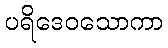
ပရိဒေဝသောကာ